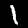
Label: 1